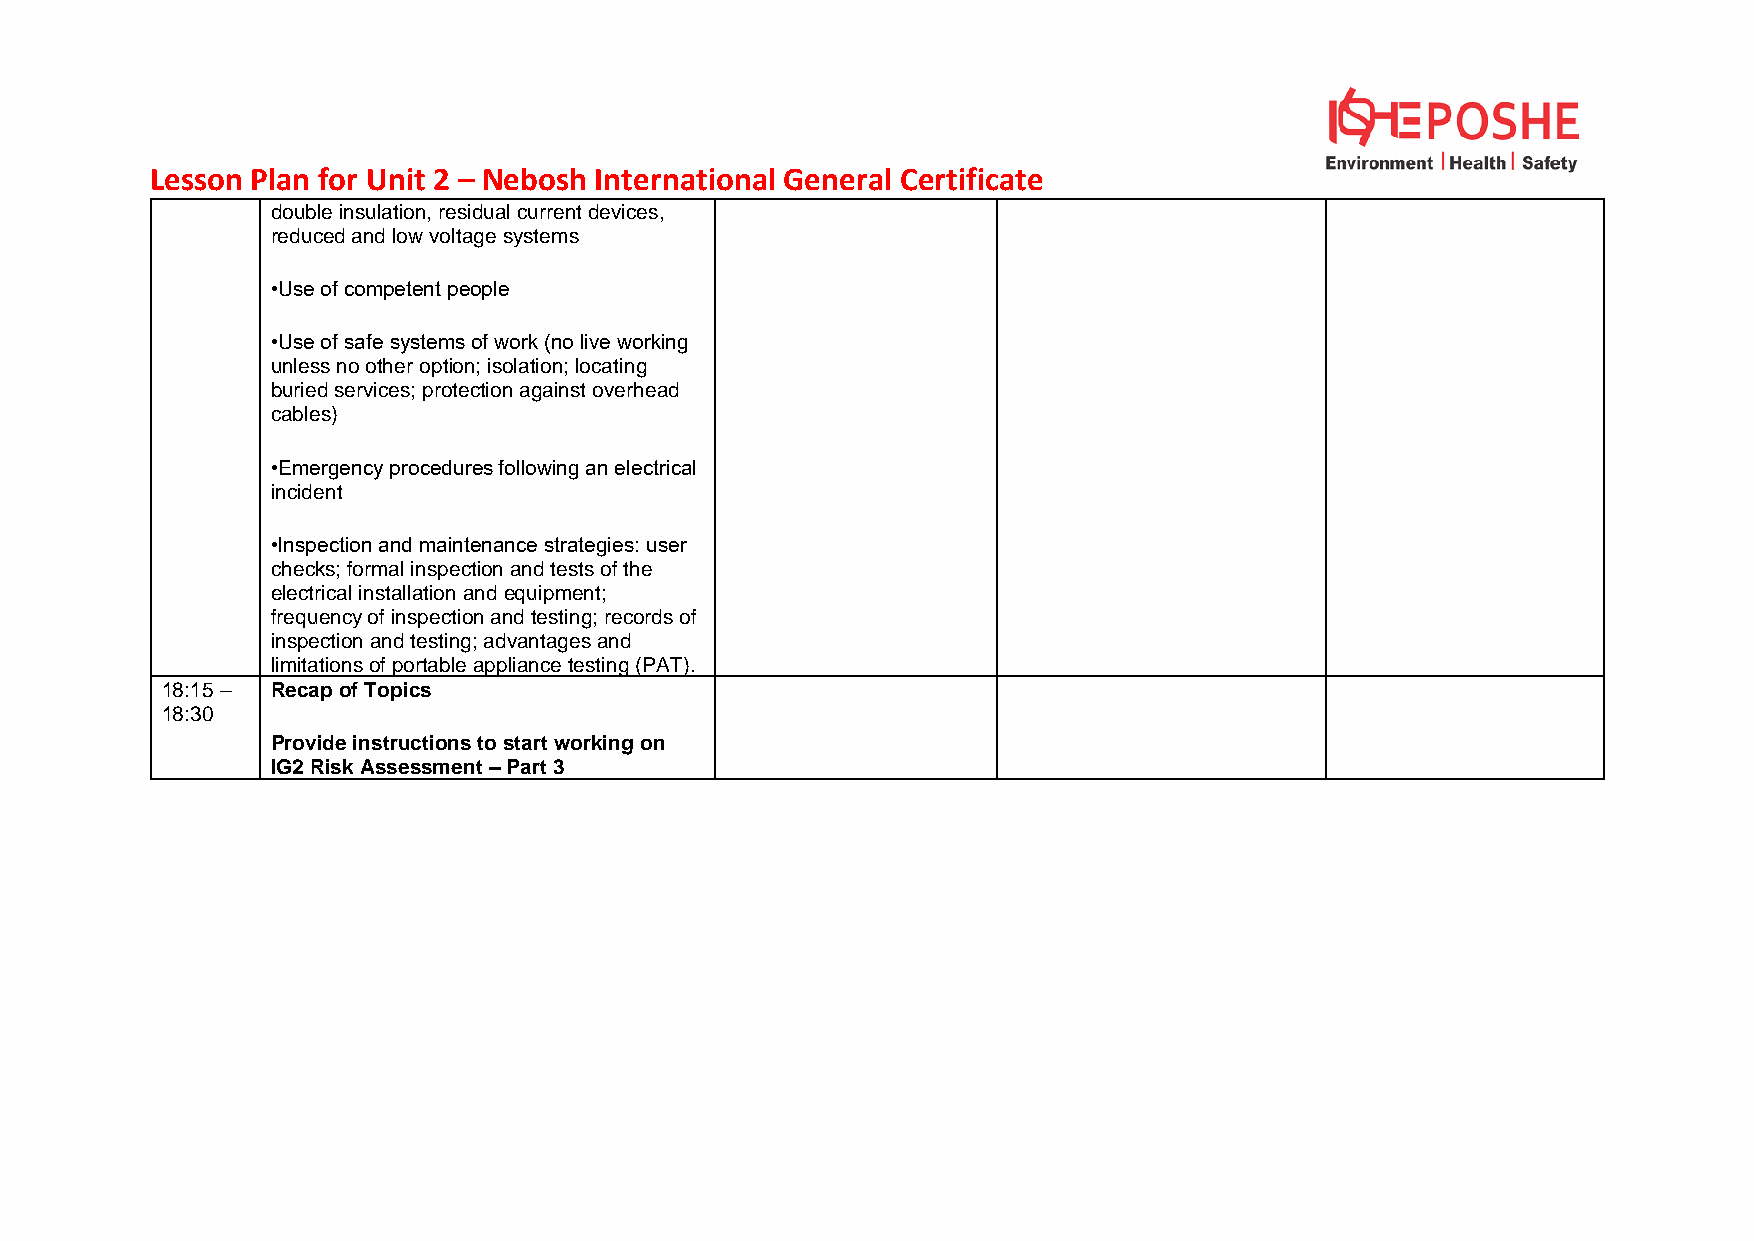
Lesson Plan for Unit 2 – Nebosh International General Certificate
 double insulation, residual current devices,
 reduced and low voltage systems
 •Use of competent people
 •Use of safe systems of work (no live working
 unless no other option; isolation; locating
 buried services; protection against overhead
 cables)
 •Emergency procedures following an electrical
 incident
 •Inspection and maintenance strategies: user
 checks; formal inspection and tests of the
 electrical installation and equipment;
 frequency of inspection and testing; records of
 inspection and testing; advantages and
 limitations of portable appliance testing (PAT).
 18:15 – Recap of Topics
 18:30
 Provide instructions to start working on
 IG2 Risk Assessment – Part 3